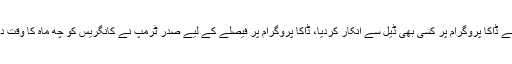
ڈونلڈ ٹرمپ نے ڈاکا پروگرام پر کسی بھی ڈیل سے انکار کردیا، ڈاکا پروگرام پر فیصلے کے لیے صدر ٹرمپ نے کانگریس کو چھ ماہ کا وقت دے رکھا ہے۔